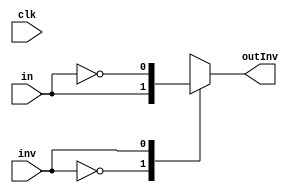
/* Module of inverter
   Programmed by: Lianne Snchez Rodrguez
   Phase 3 
   Professor: Nestor Rodrguez 
*/
module inverter(output reg outInv, input inv, input in, input clk);
	
	always @(inv,in)
		begin
			case(inv)
				1'b0:	outInv = in; 
				1'b1:	outInv = !in;
			endcase // inv
		end
endmodule


// module invert; 
// 	// Inputs of ALU
// 	wire out;
// 	reg inv;
// 	reg in;
// 	reg clk = 0;

// 	//test duration
// 	parameter stop_time = 1090;

// 	inverter invertion(out, in, inv, clk);
// 	initial #stop_time $finish;

// 	initial begin

// 	//ADD
// 	#0 inv = 1'b0; in = 1'b1; 
// 	#20 inv = 1'b1; in = 1'b1; 
// 	#40 inv = 1'b0; in = 1'b0; 
// 	#60 inv = 1'b1; in = 1'b0; 
// 	//ADDcc

// 	end
// 	initial begin
// 		repeat (500) begin
// 			#10 clk = ~clk;
// 		end
// 	end
// 	initial begin
// 		$display ("\n\n\tInverted Result\t\tinv\twhatTo\t");
// 		$display ("%0d\t\t%b\t\t%b\t%b", $time, out, inv, in);
// 	end
	
// endmodule